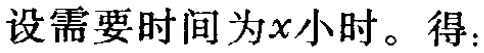
设需要时间为\(x\)小时。得：